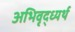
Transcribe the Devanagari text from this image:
अभिवृद्ध्यर्थ